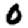
Digit: 0